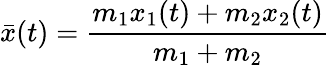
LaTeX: {\bar{x}}(t)={\frac{m_{1}x_{1}(t)+m_{2}x_{2}(t)}{m_{1}+m_{2}}}